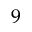
9